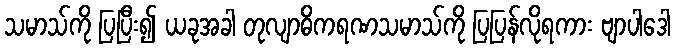
သမာသ်ကို ပြပြီး၍ ယခုအခါ တုလျာဓိကရဏသမာသ်ကို ပြပြန်လိုရကား ဗျာပါဒေါ